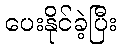
ပေးနိုင်ခဲ့ပြီး